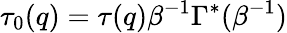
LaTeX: \tau_{0}(q)=\tau(q)\beta^{-1}\Gamma^{\ast}(\beta^{-1})